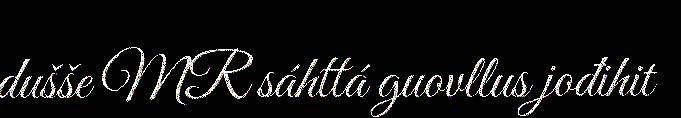
dušše MR sáhttá guovllus jođihit